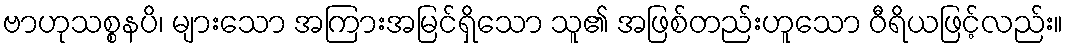
ဗာဟုသစ္စနပိ၊ များသော အကြားအမြင်ရှိသော သူ၏ အဖြစ်တည်းဟူသော ဝီရိယဖြင့်လည်း။